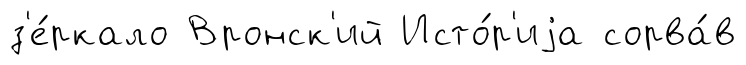
з'е́ркало Вронск'ий Исто́р'иjа сорва́в